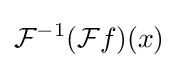
{\mathcal {F}}^{-1}({\mathcal {F}}f)(x)